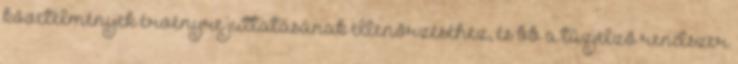
követelmények érvényre juttatásának ellenõrzéséhez, és bb a tûzjelzõ rendszer